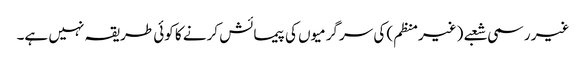
غیر رسمی شعبے (غیرمنظم) کی سرگرمیوں کی پیمائش کرنے کا کوئی طریقہ نہیں ہے۔